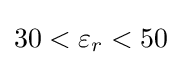
30<\varepsilon _{r}<50